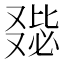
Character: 𠭺